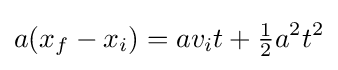
a(x_{f}-x_{i})=av_{i}t+{\tfrac {1}{2}}a^{2}t^{2}